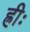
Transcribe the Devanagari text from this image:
ह्रीः